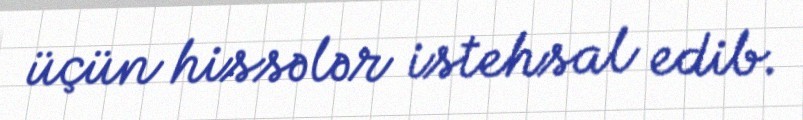
üçün hissələr istehsal edib.